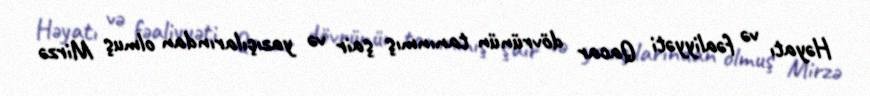
Həyatı və fəaliyyəti Qacar dövrünün tanınmış şair və yazıçılarından olmuş Mirzə